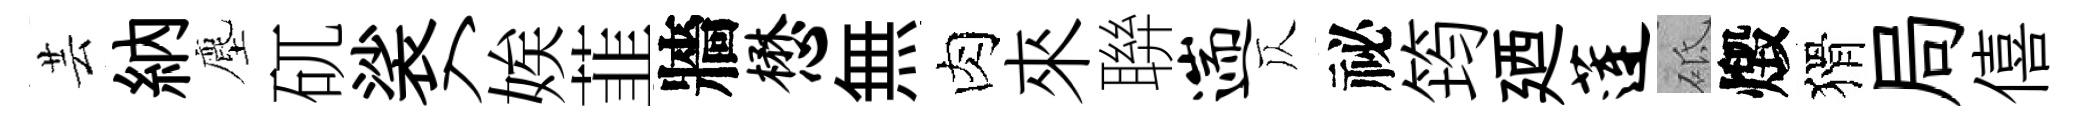
芸納塵矹裟入娭韮牆懋無肉來聨遄仄祕筠廼莲砥燬猾局僖